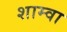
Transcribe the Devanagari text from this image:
शाम्वा